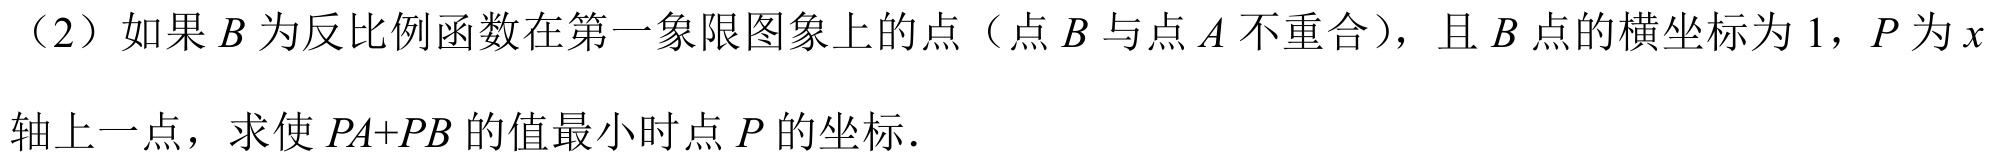
（2）如果$B$为反比例函数在第一象限图象上的点（点$B$与点$A$不重合），且$B$点的横坐标为$1$，$P$为$x$轴上一点，求使$PA + PB$的值最小时点$P$的坐标．